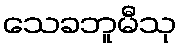
သေခဘူမီသု